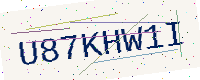
Text: U87KHW1I